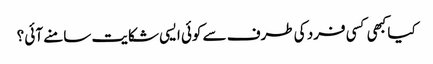
کیا کبھی کسی فرد کی طرف سے کوئی ایسی شکایت سامنے آئی ؟